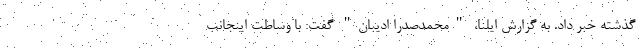
گذشته خبر داد. به گزارش ایلنا، "محمدصدرا ادیبان" گفت: با وساطت اینجانب